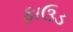
ફાઉડ